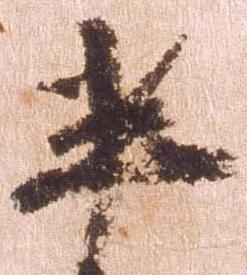
半